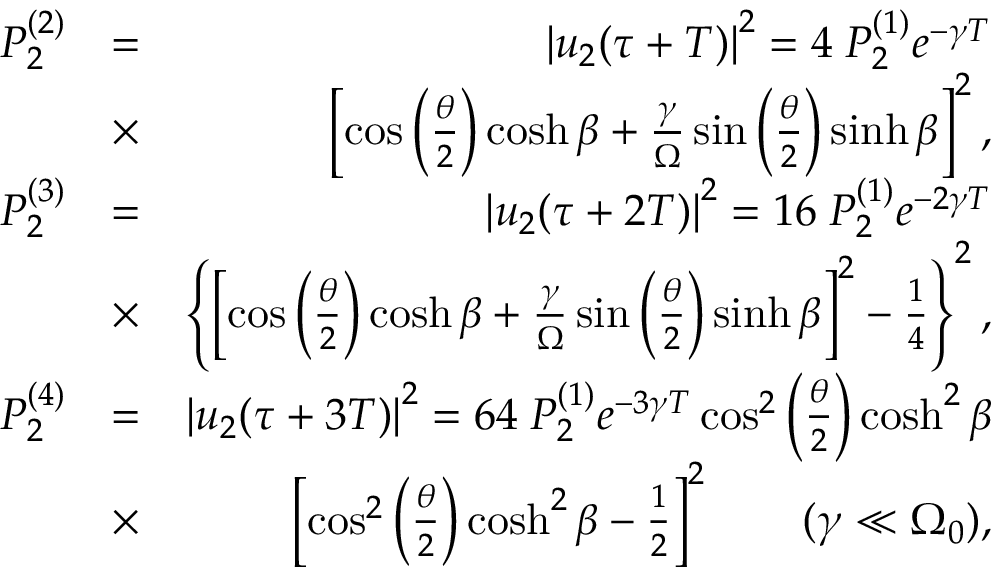
\begin{array} { r l r } { P _ { 2 } ^ { ( 2 ) } } & { = } & { \left| u _ { 2 } ( \tau + T ) \right| ^ { 2 } = 4 \; P _ { 2 } ^ { ( 1 ) } e ^ { - \gamma T } } \\ & { \times } & { \left[ \cos \left( \frac { \theta } { 2 } \right) \cosh \beta + \frac { \gamma } { \Omega } \sin \left( \frac { \theta } { 2 } \right) \sinh \beta \right] ^ { 2 } , } \\ { P _ { 2 } ^ { ( 3 ) } } & { = } & { \left| u _ { 2 } ( \tau + 2 T ) \right| ^ { 2 } = 1 6 \; P _ { 2 } ^ { ( 1 ) } e ^ { - 2 \gamma T } } \\ & { \times } & { \left\{ \left[ \cos \left( \frac { \theta } { 2 } \right) \cosh \beta + \frac { \gamma } { \Omega } \sin \left( \frac { \theta } { 2 } \right) \sinh \beta \right] ^ { 2 } - \frac { 1 } { 4 } \right\} ^ { 2 } , } \\ { P _ { 2 } ^ { ( 4 ) } } & { = } & { \left| u _ { 2 } ( \tau + 3 T ) \right| ^ { 2 } = 6 4 \; P _ { 2 } ^ { ( 1 ) } e ^ { - 3 \gamma T } \cos ^ { 2 } \left( \frac { \theta } { 2 } \right) \cosh ^ { 2 } \beta } \\ & { \times } & { \left[ \cos ^ { 2 } \left( \frac { \theta } { 2 } \right) \cosh ^ { 2 } \beta - \frac { 1 } { 2 } \right] ^ { 2 } \qquad ( \gamma \ll \Omega _ { 0 } ) , } \end{array}